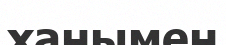
ханымен